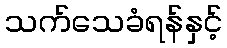
သက်သေခံရန်နှင့်